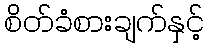
စိတ်ခံစားချက်နှင့်